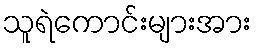
သူရဲကောင်းများအား